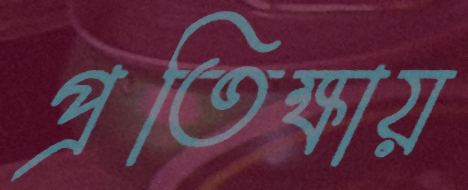
প্রতিক্ষায়